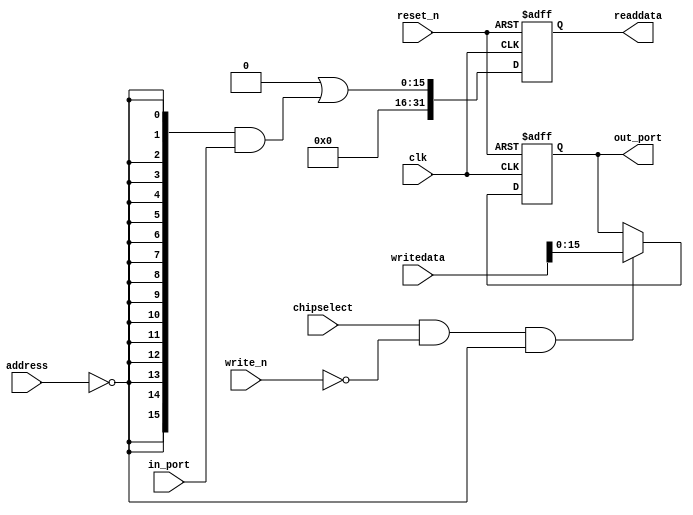
module lab7_soc_otg_hpi_data (
                               // inputs:
                                address,
                                chipselect,
                                clk,
                                in_port,
                                reset_n,
                                write_n,
                                writedata,

                               // outputs:
                                out_port,
                                readdata
                             )
;

  output  [ 15: 0] out_port;
  output  [ 31: 0] readdata;
  input   [  1: 0] address;
  input            chipselect;
  input            clk;
  input   [ 15: 0] in_port;
  input            reset_n;
  input            write_n;
  input   [ 31: 0] writedata;


wire             clk_en;
wire    [ 15: 0] data_in;
reg     [ 15: 0] data_out;
wire    [ 15: 0] out_port;
wire    [ 15: 0] read_mux_out;
reg     [ 31: 0] readdata;
  assign clk_en = 1;
  //s1, which is an e_avalon_slave
  assign read_mux_out = {16 {(address == 0)}} & data_in;
  always @(posedge clk or negedge reset_n)
    begin
      if (reset_n == 0)
          readdata <= 0;
      else if (clk_en)
          readdata <= {32'b0 | read_mux_out};
    end


  always @(posedge clk or negedge reset_n)
    begin
      if (reset_n == 0)
          data_out <= 0;
      else if (chipselect && ~write_n && (address == 0))
          data_out <= writedata[15 : 0];
    end


  assign out_port = data_out;
  assign data_in = in_port;

endmodule